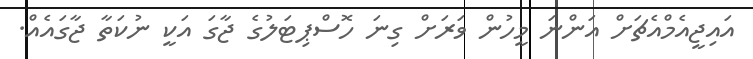
އައިޖީއެމްއެޗަށް އަންނަ މީހުން ވަރަށް ގިނަ ހޮސްޕިޓަލުގެ ޖާގަ އަކީ ނުކަތާ ޖާގައެއް.